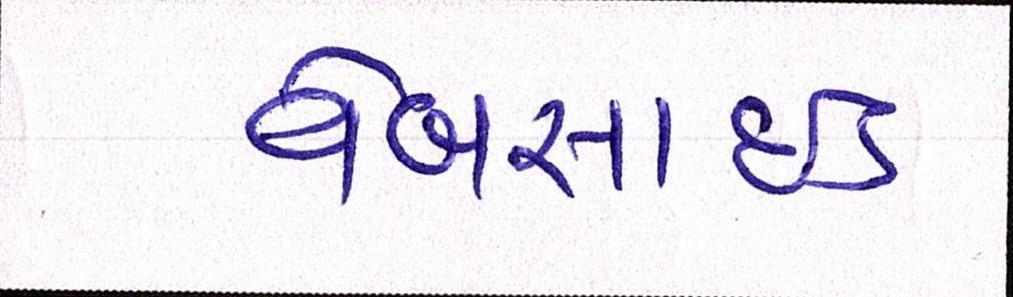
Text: વેબસાઈટ